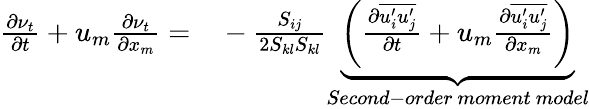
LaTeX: \begin{array}{rl}{\frac{\partial\nu_{t}}{\partial t}+u_{m}\frac{\partial\nu_{t}}{\partial x_{m}}=}&{{}-\frac{S_{ij}}{2S_{kl}S_{kl}}\underbrace{\left(\frac{\partial\overline{{u_{i}^{\prime}u_{j}^{\prime}}}}{\partial t}+u_{m}\frac{\partial\overline{{u_{i}^{\prime}u_{j}^{\prime}}}}{\partial x_{m}}\right)}_{Second-order\ moment\ model}}\end{array}